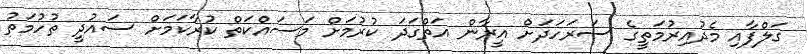
ގަލްފާއި މެދުއިރުމަތީގެ ސަރަހަދަށް އީރާން އަތްގަދަ ކުރުމަށް މަސައްކަތް ކުރާކަމަށް ސައުދީ ތުހުމަތު